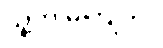
သူ့ကို မကြိုက်။